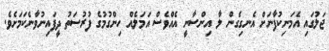
ޖަލުގައި އެމަނިކުފާނަށް އެނގިގެން ލާ އިންސާނީ އެއްވެސް އަމަލެއް ހިންގުމުގެ ފުރުސަތު ދީފައިނުވާނެކަމަށެވެ.